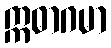
ဣဓာဂမာ